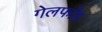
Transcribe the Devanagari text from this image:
गेलफाँड